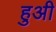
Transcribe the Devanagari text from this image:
हुअी